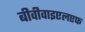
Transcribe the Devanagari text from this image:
बीवीवाइएलएफ